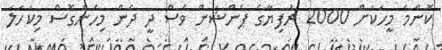
ކޮންމެ މީހަކަށް 2000 ރުފިޔާގެ ޕެންޝަން ވެސް ދީ ދެން މިހެންގޮސް މިކަހަލަ